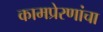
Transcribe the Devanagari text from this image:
कामप्रेरणांचा